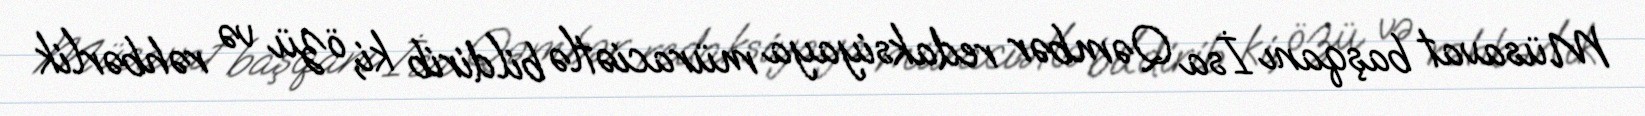
Müsavat başqanı İsa Qəmbər redaksiyaya müraciətlə bildirib ki, özü və rəhbərlik